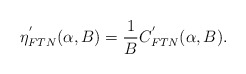
\begin{align*}\eta^{'}_{FTN}(\alpha,B) = \frac{1}{B} C^{'}_{FTN}(\alpha,B).\end{align*}